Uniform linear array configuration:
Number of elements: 24
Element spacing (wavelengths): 0.75
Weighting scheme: hamming
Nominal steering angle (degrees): -60
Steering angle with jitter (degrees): -58.243
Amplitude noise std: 0.05
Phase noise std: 0.05

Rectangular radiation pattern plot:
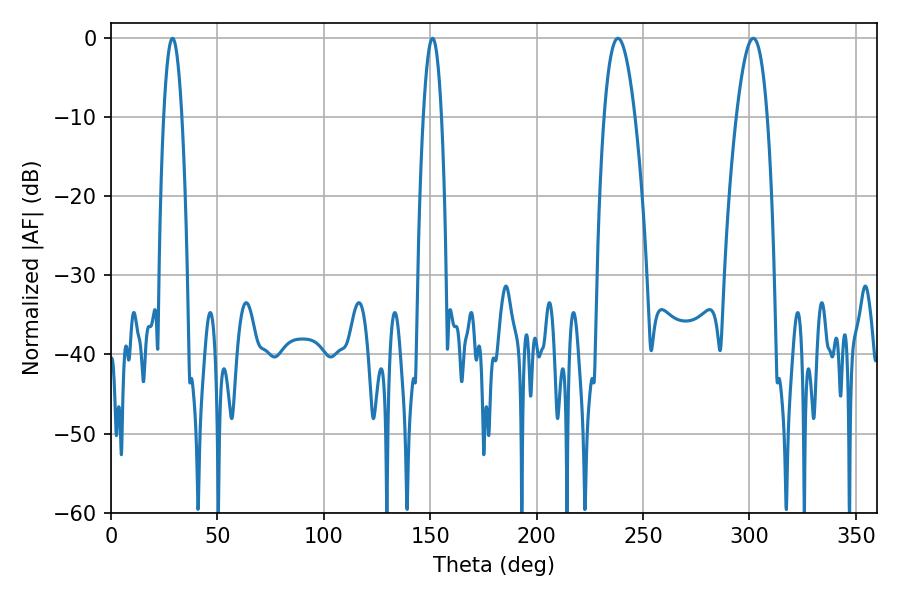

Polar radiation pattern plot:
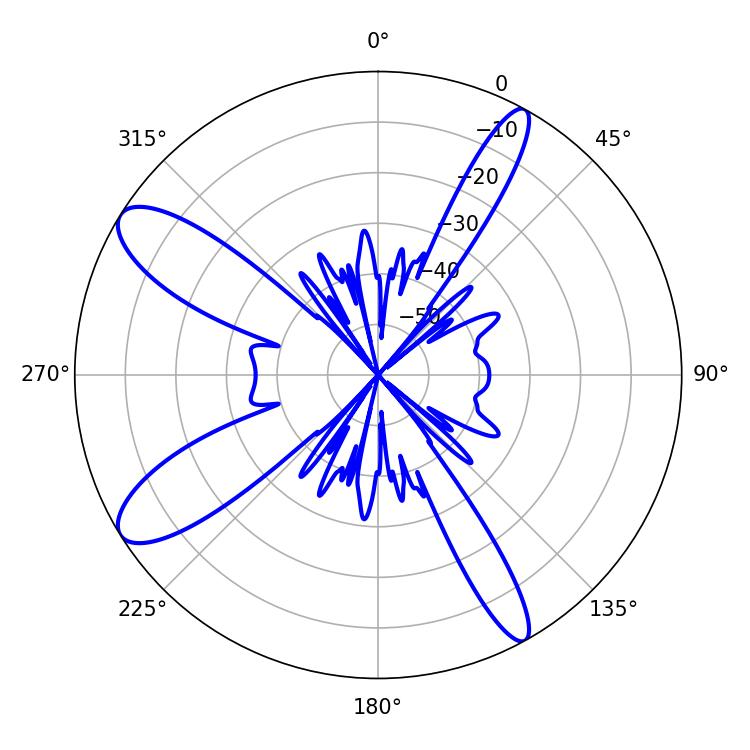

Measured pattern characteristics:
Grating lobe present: TRUE
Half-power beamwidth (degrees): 7.92
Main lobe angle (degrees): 238.14